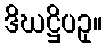
ဒိဃဋ္ဌိပဥှ။